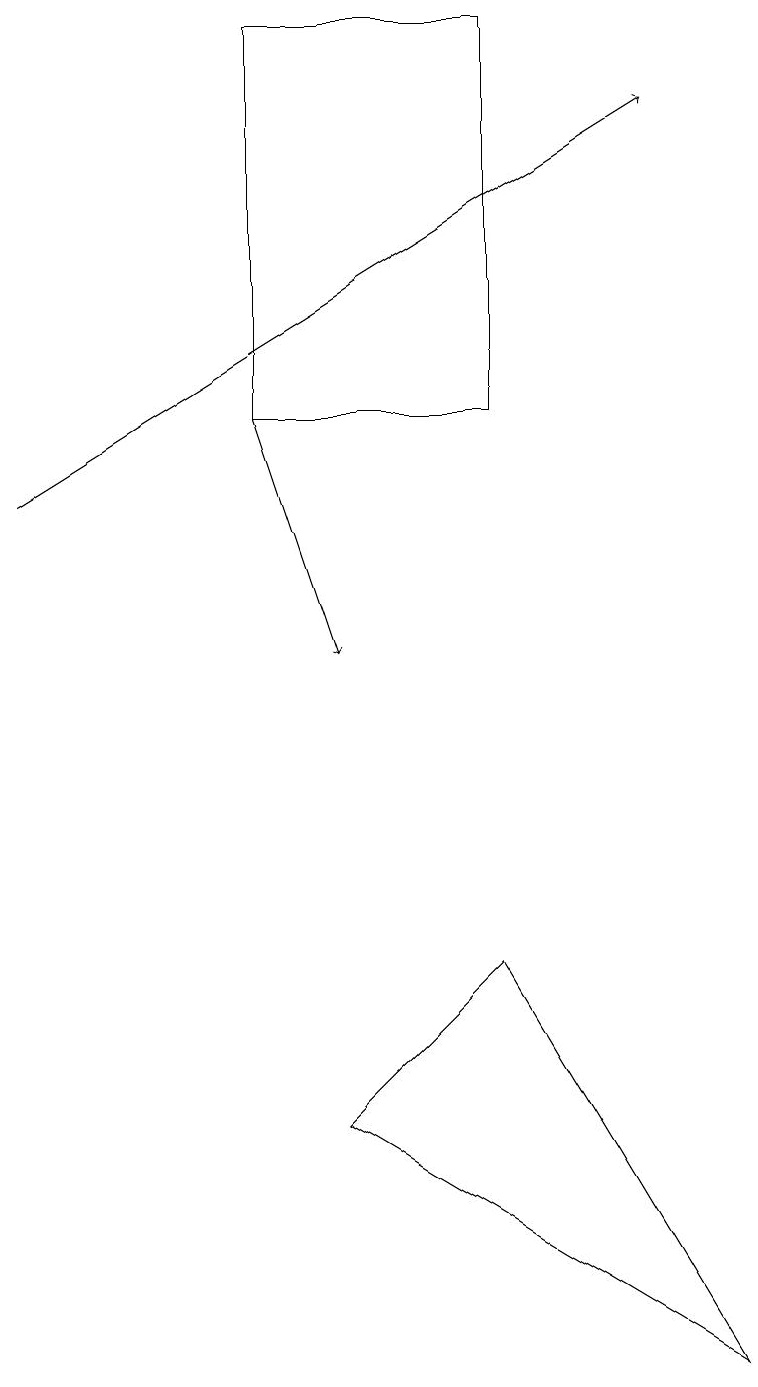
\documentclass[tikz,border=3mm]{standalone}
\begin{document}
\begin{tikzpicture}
\draw[->] (0,13) -- (8,18);
\draw (3,14) rectangle (6,19);
\draw (6,7) -- (9,2) -- (4,5) -- cycle;
\draw[->] (3,14) -- (4,11);
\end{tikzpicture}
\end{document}